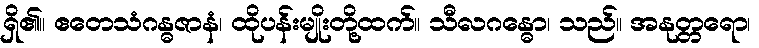
ရှိ၏။ ဧတေသံဂန္ဓဇာနံ၊ ထိုပန်းမျိုးတို့ထက်။ သီလဂန္ဓော၊ သည်။ အနုတ္တရော၊